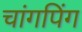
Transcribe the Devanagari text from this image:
चांगपिंग